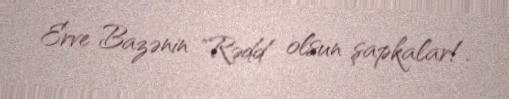
Erve Bazənin "Rədd olsun şapkalar!.